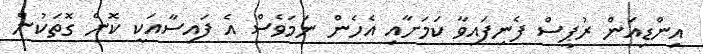
އިންޑިއަން ރުޕީސް ފެނިފައިވާ ކަމަށާއި އެހެން ނަމަވެސް އެ ފައިސާއަކީ ކޮން ގޮތަކުން